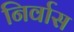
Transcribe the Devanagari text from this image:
निर्वास